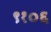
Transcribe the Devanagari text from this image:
९१०६